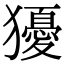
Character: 獶